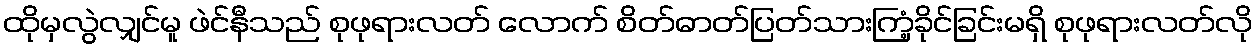
ထိုမှလွဲလျှင်မူ ဖဲင်နီသည် စုဖုရားလတ် လောက် စိတ်ဓာတ်ပြတ်သားကြံ့ခိုင်ခြင်းမရှိ စုဖုရားလတ်လို